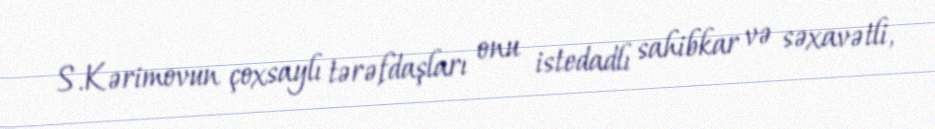
S.Kərimovun çoxsaylı tərəfdaşları onu istedadlı sahibkar və səxavətli,